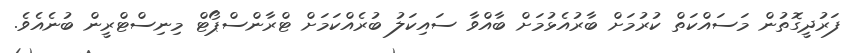
ފަރުދީގޮތުން މަސައްކަތް ކުރުމަށް ބާރުއެޅުމަށް ބާއްވާ ސައިކަލު ބުރެއްކަމަށް ޓްރާންސްޕޯޓް މިނިސްޓްރީން ބުނެއެވެ.